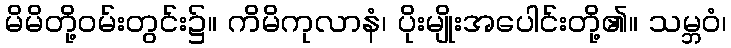
မိမိတို့ဝမ်းတွင်း၌။ ကိမိကုလာနံ၊ ပိုးမျိုးအပေါင်းတို့၏။ သမ္ဘဝံ၊